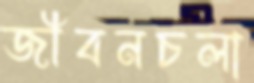
জীবনচলা